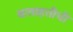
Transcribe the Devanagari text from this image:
वाताहतीची